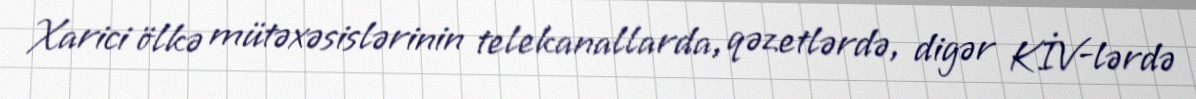
Xarici ölkə mütəxəsislərinin telekanallarda, qəzetlərdə, digər KİV-lərdə